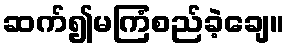
ဆက်၍မကြံစည်ခဲ့ချေ။